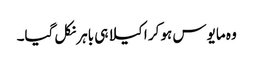
وہ مایوس ہو کر اکیلا ہی باہر نکل گیا۔